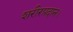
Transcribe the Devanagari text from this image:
शरीरप्रदान।